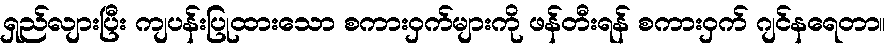
ရှည်လျားပြီး ကျပန်းပြုထားသော စကားဝှက်များကို ဖန်တီးရန် စကားဝှက် ဂျင်နရေတာ။